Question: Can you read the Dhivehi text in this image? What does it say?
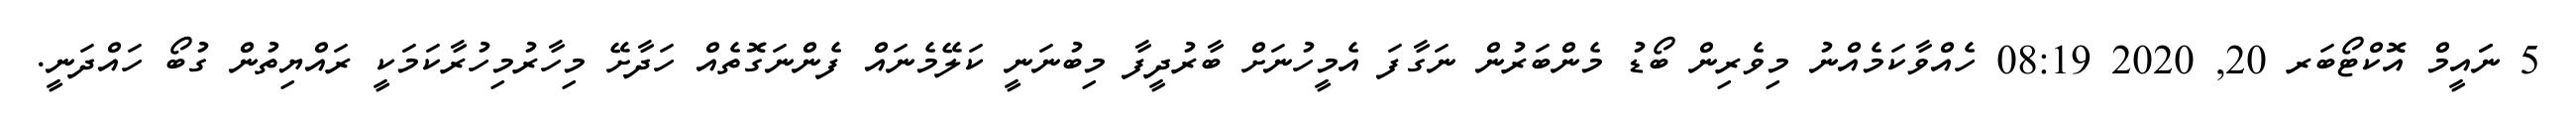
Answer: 5 ނަައީމް އޮކްޓޯބަރ 20, 2020 08:19 ހެއްވާކަމެއްނު މިވެރިން ބޯޑު މެންބަރުން ނަގާފަ އެމީހުނަށް ބާރުދީފާ މިބުނަނީ ކަލޭމެނައް ފެންނަގޮތެއް ހަދާށޭ މިހާރުމިހުރާކަމަކީ ރައްޔިތުން ގުބޯ ހައްދަނީ.